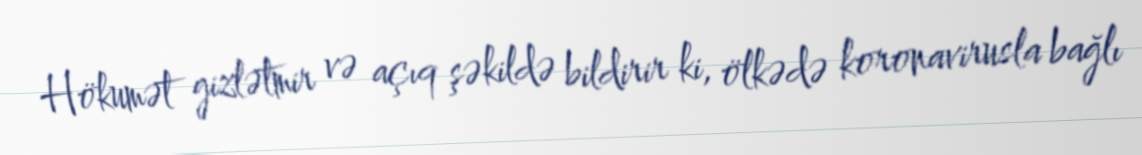
Hökumət gizlətmir və açıq şəkildə bildirir ki, ölkədə koronavirusla bağlı